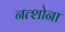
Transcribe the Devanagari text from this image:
नत्शोना